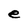
Character: e